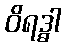
ဝိရဒ္ဓါ